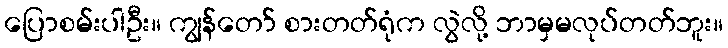
ပြောစမ်းပါဦး။ ကျွန်တော် စားတတ်ရုံက လွဲလို့ ဘာမှမလုပ်တတ်ဘူး။